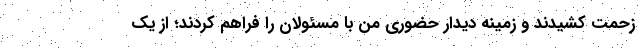
زحمت کشیدند و زمینه دیدار حضوری من با مسئولان را فراهم کردند؛ از یک